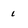
Character: i